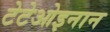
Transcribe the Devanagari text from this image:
टेटेओइनान